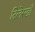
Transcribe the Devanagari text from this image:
दिलेरखाँ